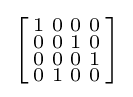
\left[{\begin{smallmatrix}1&0&0&0\\0&0&1&0\\0&0&0&1\\0&1&0&0\\\end{smallmatrix}}\right]